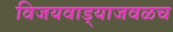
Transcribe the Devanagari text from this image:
विजयवाड्याजवळच